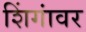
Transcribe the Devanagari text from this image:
शिंगांवर